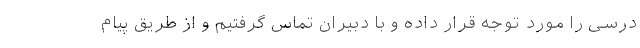
درسی را مورد توجه قرار داده و با دبیران تماس گرفتیم و از طریق پیام